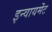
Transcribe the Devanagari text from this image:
इन्वायर्मेंट